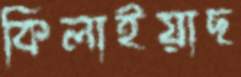
কিলাইয়াছ